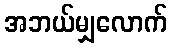
အဘယ်မျှလောက်